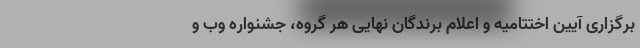
برگزاری آیین اختتامیه و اعلام برندگان نهایی هر گروه، جشنواره وب و